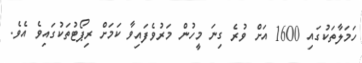
ހަމަލާތަކުގައި 1600 އަށް ވުރެ ގިނަ މީހުން މަރުވެފައިވާ ކަމަށް ރިޕޯޓުތަކުގައިވެ އެވެ.